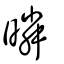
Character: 暽